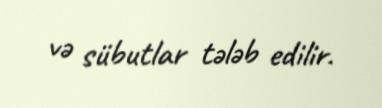
və sübutlar tələb edilir.